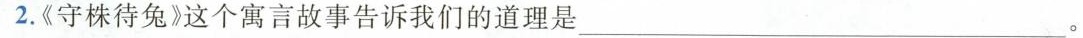
2.《守株待兔》这个寓言故事告诉我们的道理是___。